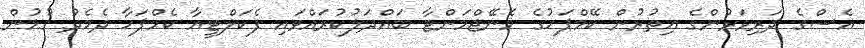
އެސްގެ ދަރިވަރުންގެ އިތުރުން ކޭމްޕަހުގެ މެނޭޖްމަންޓާ ބައްދަލުކުރައްވައި ފެކަލްޓީއާ ކެމްޕަހާ ދެމެދު ގުޅުން